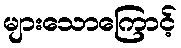
များသောကြောင့်